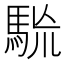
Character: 𩢯